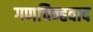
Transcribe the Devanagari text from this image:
गणचिन्हवाद